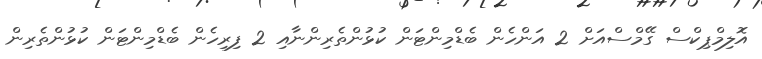
އޮލިމްޕިކްސް ގޭމްސްއަށް 2 އަންހެން ބެޑްމިންޓަން ކުޅުންތެރިންނާއި 2 ފިިރިހެން ބެޑްމިންޓަން ކުޅުންތެރިން